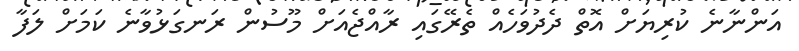
އަންނާނެ ކުރިޔަށް އޮތް ދެދުވަހެއް ތެރޭގައި ރާއްޖެއަށް މޫސުން ރަނގަޅުވާނެ ކަމަށް ލަފާ